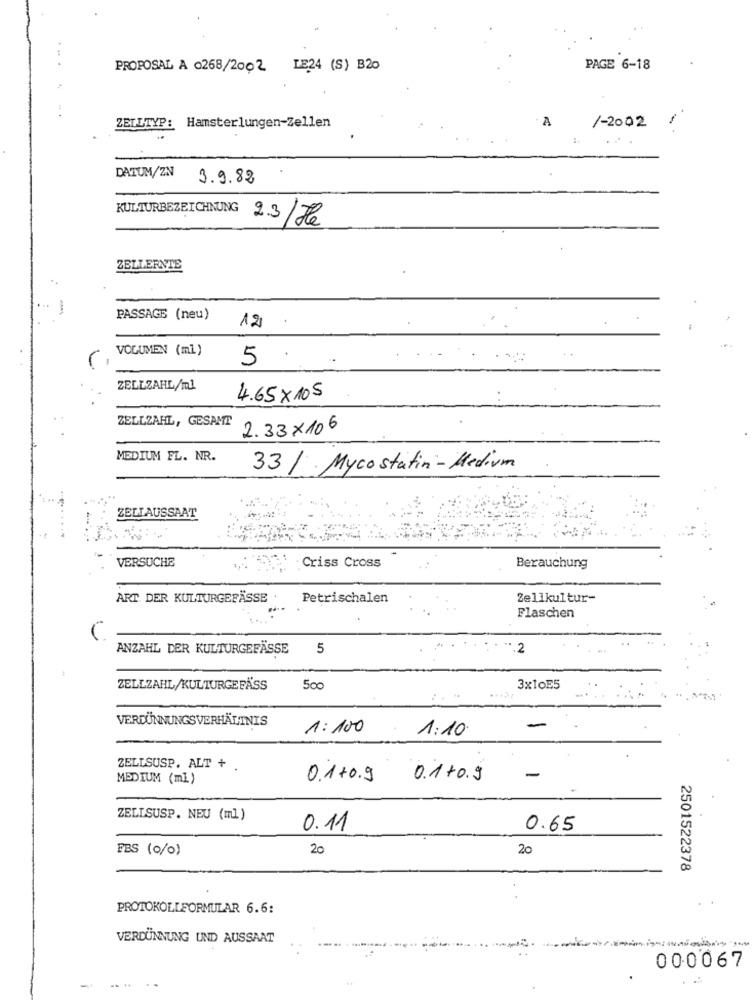
PROPOSAL A 0268/2002 LE24 (S) B20
PAGE 6-18
A
ZELLTYP: Hamsterlungen-Zellen
/-20021
DATUM/ZN
3.9.82
KULTURBEZEICHNUNG
2.3/Je
ZELLERNTE
PASSAGE (neu)
12
VOLUMEN (ml)
5
ZELLZAHL/ml
4.65×105
ZELLZAHL, GESAMT
2.33x106
MEDIUM FL. NR.
33/ Mycostatin-Medium
ZELIAUSSAAT
VERSUCHE
Criss Cross
Berauchung
ART. DER KULTURGEFÄSSE
Petrischalen
Zellkultur-
Flaschen
C.
ANZAHL DER KULTURGEFÄSSE
5
.2
ZELLZAHL/KULTURGEFÄSS
500
3x10E5
VERDÜNNUNGSVERHÄLTNIS
1: 100
1:10
ZELLSUSP. ALT +
MEDIUM (ml)
0.1+0.9 0.1 +0.9
-
ZELLSUSP. NEU (ml)
0.11
0.65
PBS (0/0)
20
20
2501522378
PROTOKOLLFORMULAR 6.6:
VERDÜNNUNG UND AUSSAAT
000067